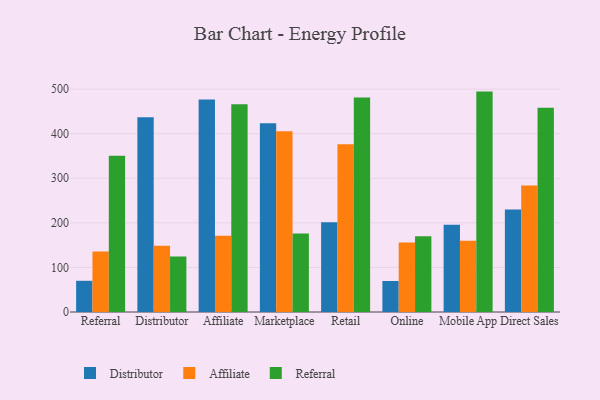
{"axis": {"x": "Channel", "y": "Budget (USD K)"}, "legend": ["Affiliate", "Distributor", "Referral"], "data": [{"x": "Referral", "y": 70.0, "type": "Distributor"}, {"x": "Referral", "y": 136.0, "type": "Affiliate"}, {"x": "Referral", "y": 350.4, "type": "Referral"}, {"x": "Distributor", "y": 436.9, "type": "Distributor"}, {"x": "Distributor", "y": 148.5, "type": "Affiliate"}, {"x": "Distributor", "y": 124.5, "type": "Referral"}, {"x": "Affiliate", "y": 476.9, "type": "Distributor"}, {"x": "Affiliate", "y": 171.2, "type": "Affiliate"}, {"x": "Affiliate", "y": 466.0, "type": "Referral"}, {"x": "Marketplace", "y": 423.3, "type": "Distributor"}, {"x": "Marketplace", "y": 405.4, "type": "Affiliate"}, {"x": "Marketplace", "y": 175.9, "type": "Referral"}, {"x": "Retail", "y": 201.3, "type": "Distributor"}, {"x": "Retail", "y": 376.2, "type": "Affiliate"}, {"x": "Retail", "y": 481.1, "type": "Referral"}, {"x": "Online", "y": 69.5, "type": "Distributor"}, {"x": "Online", "y": 155.9, "type": "Affiliate"}, {"x": "Online", "y": 170.2, "type": "Referral"}, {"x": "Mobile App", "y": 195.7, "type": "Distributor"}, {"x": "Mobile App", "y": 159.9, "type": "Affiliate"}, {"x": "Mobile App", "y": 494.5, "type": "Referral"}, {"x": "Direct Sales", "y": 229.9, "type": "Distributor"}, {"x": "Direct Sales", "y": 284.1, "type": "Affiliate"}, {"x": "Direct Sales", "y": 458.3, "type": "Referral"}]}